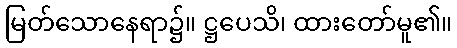
မြတ်သောနေရာ၌။ ဋ္ဌပေသိ၊ ထားတော်မူ၏။